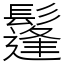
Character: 鬔